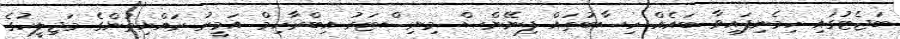
ބަޖެޓުގައި ހިމެނިފައިވާ ބައެއް ހިސާބުތައް ފިނޭންސް މިނިސްޓަރު އިބްރާހިމް އަމީރު ރައްޔިތުންގެ މަޖިލީހުގެ